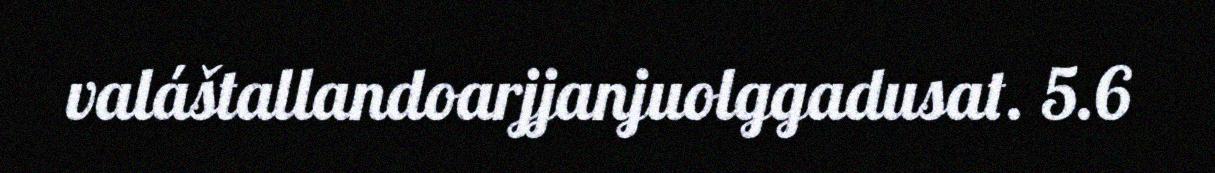
valáštallandoarjjanjuolggadusat. 5.6